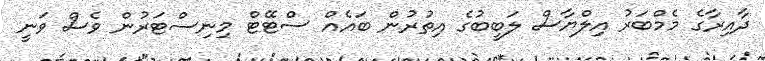
ދާއިރާގެ މެމްބަރު އިލްޔާސް ލަބީބުގެ އިތުރުން ބައެއް ސްޓޭޓް މިނިސްޓަރުން ވެސް ވަނީ